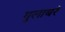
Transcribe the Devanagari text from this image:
गुलाबरे